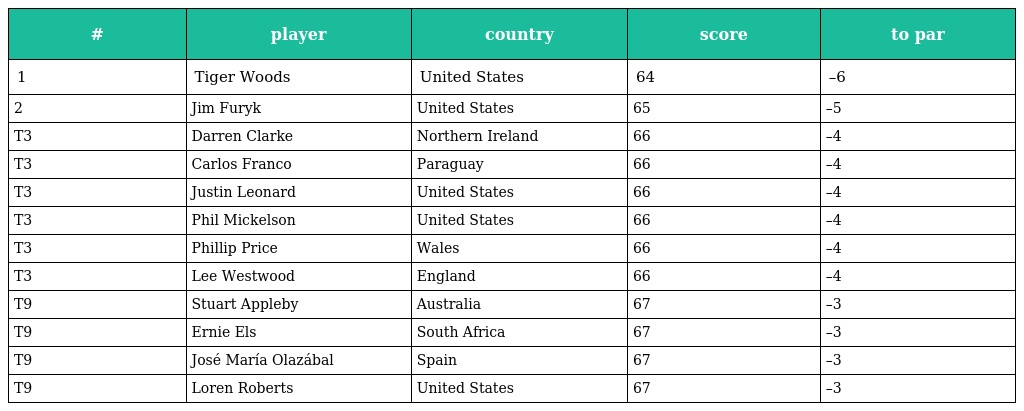
| # | player | country | score | to par |
 | --- | --- | --- | --- | --- |
 | 1 | Tiger Woods | United States | 64 | –6 |
 | 2 | Jim Furyk | United States | 65 | –5 |
 | T3 | Darren Clarke | Northern Ireland | 66 | –4 |
 | T3 | Carlos Franco | Paraguay | 66 | –4 |
 | T3 | Justin Leonard | United States | 66 | –4 |
 | T3 | Phil Mickelson | United States | 66 | –4 |
 | T3 | Phillip Price | Wales | 66 | –4 |
 | T3 | Lee Westwood | England | 66 | –4 |
 | T9 | Stuart Appleby | Australia | 67 | –3 |
 | T9 | Ernie Els | South Africa | 67 | –3 |
 | T9 | José María Olazábal | Spain | 67 | –3 |
 | T9 | Loren Roberts | United States | 67 | –3 |